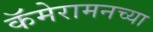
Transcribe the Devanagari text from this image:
कॅमेरामनच्या